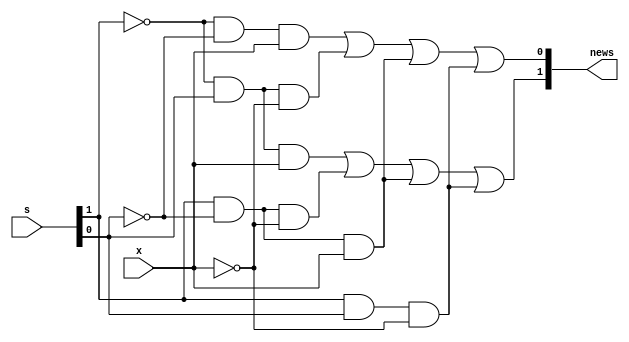
module S(output [0:1]news, input x, input [0:1]s);
    assign
        news[0] = ((~s[0])&&s[1]&&x) || (s[0]&&(~s[1])&&~x) || (s[0]&&(~s[1])&&x) || (s[0]&&s[1]&&~x);
    assign
        news[1] = ((~s[0])&&(~s[1])&&x) || ((~s[0])&&s[1]&&~x) || (s[0]&&(~s[1])&&x) || (s[0]&&s[1]&&~x);
endmodule